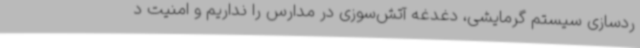
ردسازی سیستم گرمایشی، دغدغه آتش‌سوزی در مدارس را نداریم و امنیت د